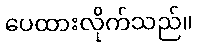
ပေထားလိုက်သည်။